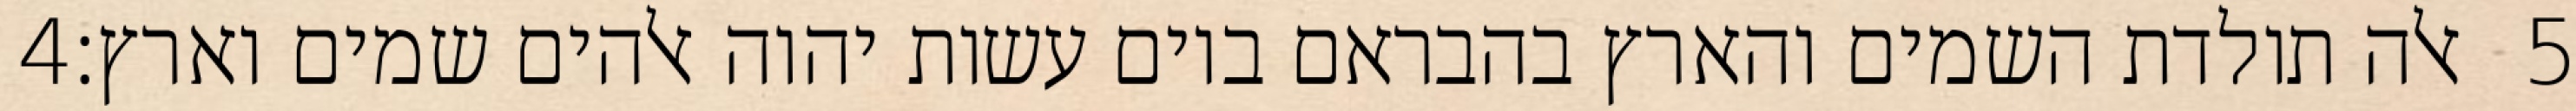
‎4‏ אלה תולדת השמים והארץ בהבראם ביום עשות יהוה אלהים שמים וארץ׃ ‎5‏